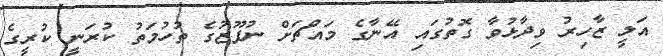
އަލީ ޒާހިރު ވިދާޅުވާ ގޮތުގައި އޭނާގެ މައްޗަށް ނުފޫޒުގެ ތުހުމަތު ކުރަނީ ކުރީގެ